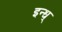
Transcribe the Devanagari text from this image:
इन्ध्‌